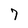
Character: 7